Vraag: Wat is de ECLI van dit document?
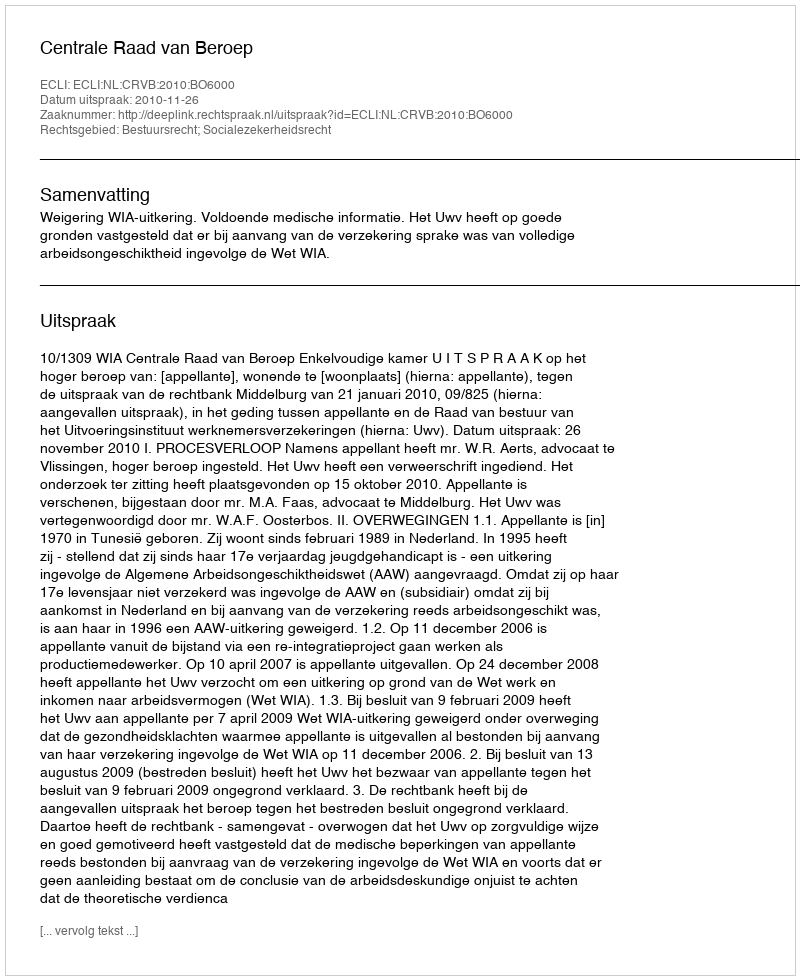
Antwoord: ECLI:NL:CRVB:2010:BO6000